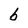
Character: b